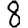
Digit: 8